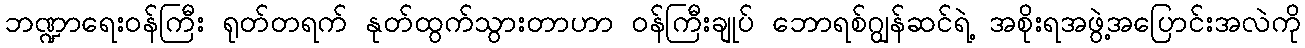
ဘဏ္ဍာရေးဝန်ကြီး ရုတ်တရက် နုတ်ထွက်သွားတာဟာ ဝန်ကြီးချုပ် ဘောရစ်ဂျွန်ဆင်ရဲ့ အစိုးရအဖွဲ့အပြောင်းအလဲကို